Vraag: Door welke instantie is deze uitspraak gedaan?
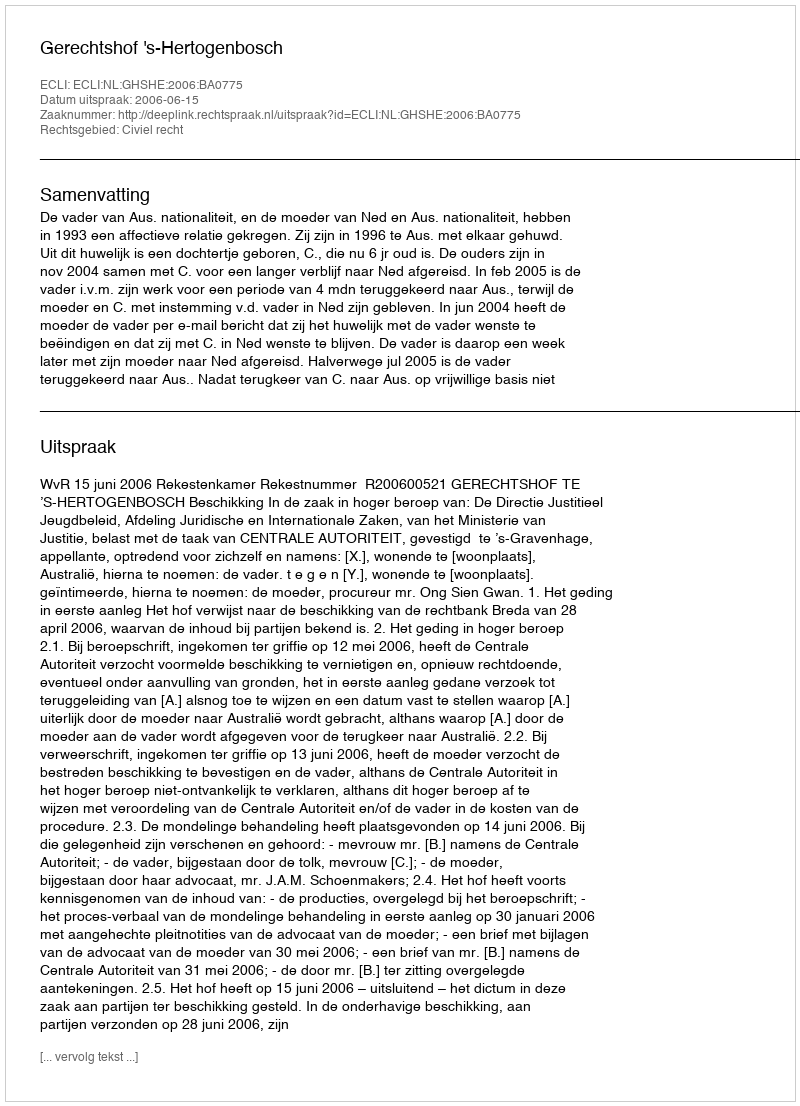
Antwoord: Gerechtshof 's-Hertogenbosch